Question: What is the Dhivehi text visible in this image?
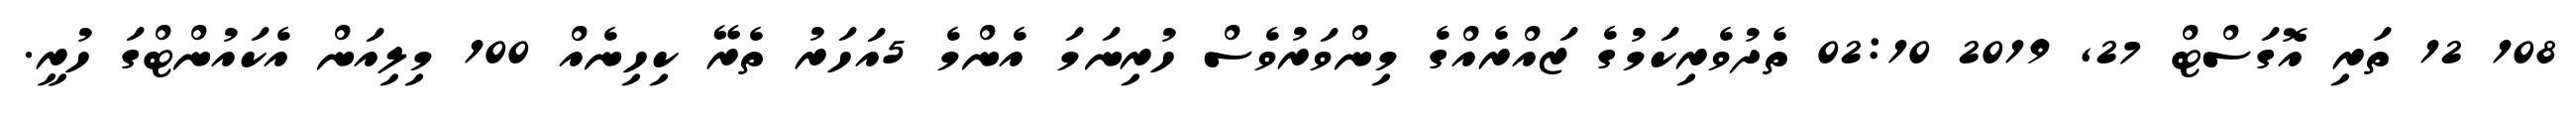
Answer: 108 12 ތަރި އޮގަސްޓް 27, 2019 02:10 ތެދުވެރިކަމުގެ ޒައްރެއްގެ މިންވަރުވެސް ހުރިނަމަ އެންމެ 5އަހަރު ތެރޭ ކިހިނެއް 100 މިލިއަން އެކައުންޓްގަ ހުރީ.